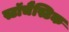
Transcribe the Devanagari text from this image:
स्टॉचैस्टिक